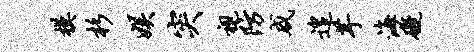
模杉娱突视防咸遑芋海碍